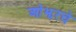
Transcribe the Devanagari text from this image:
ओझरचे